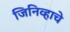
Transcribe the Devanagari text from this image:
जिनिव्हाचे